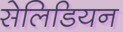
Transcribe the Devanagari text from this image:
सेलिडियन